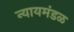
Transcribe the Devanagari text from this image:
न्यायमंडळ